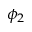
\phi _ { 2 }